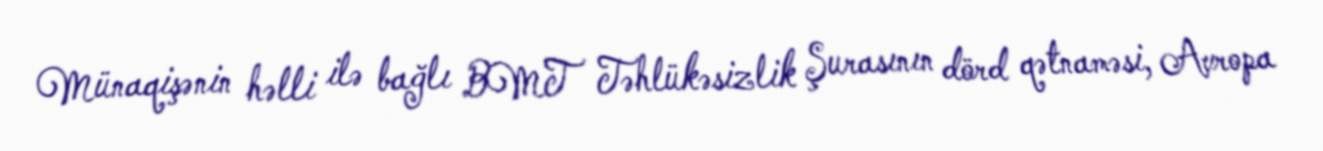
Münaqişənin həlli ilə bağlı BMT Təhlükəsizlik Şurasının dörd qətnaməsi, Avropa